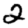
Digit: 2